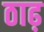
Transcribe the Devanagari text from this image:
ठाढ़